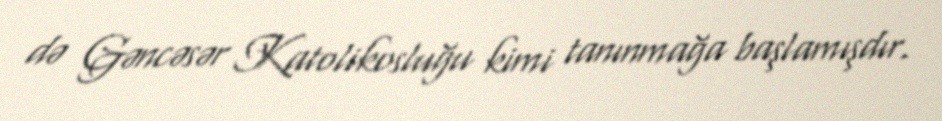
də Gəncəsər Katolikosluğu kimi tanınmağa başlamışdır.